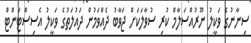
ސިނާނުގެ ވަކީލު ނޫރުއްސަލާމް ކުރި ސުވާލަކަށް ޖަވާބު ދެއްވަމުން ދައުލަތުގެ ވަކީލު އެސިސްޓަންޓް